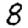
Digit: 8